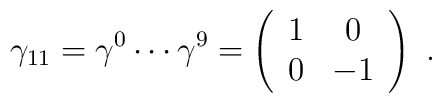
\gamma_{11} = \gamma^0 \cdots \gamma^9 =               \left( \begin{array}{cc}                              1 &  0 \\                              0 & -1                      \end{array} \right) \ .